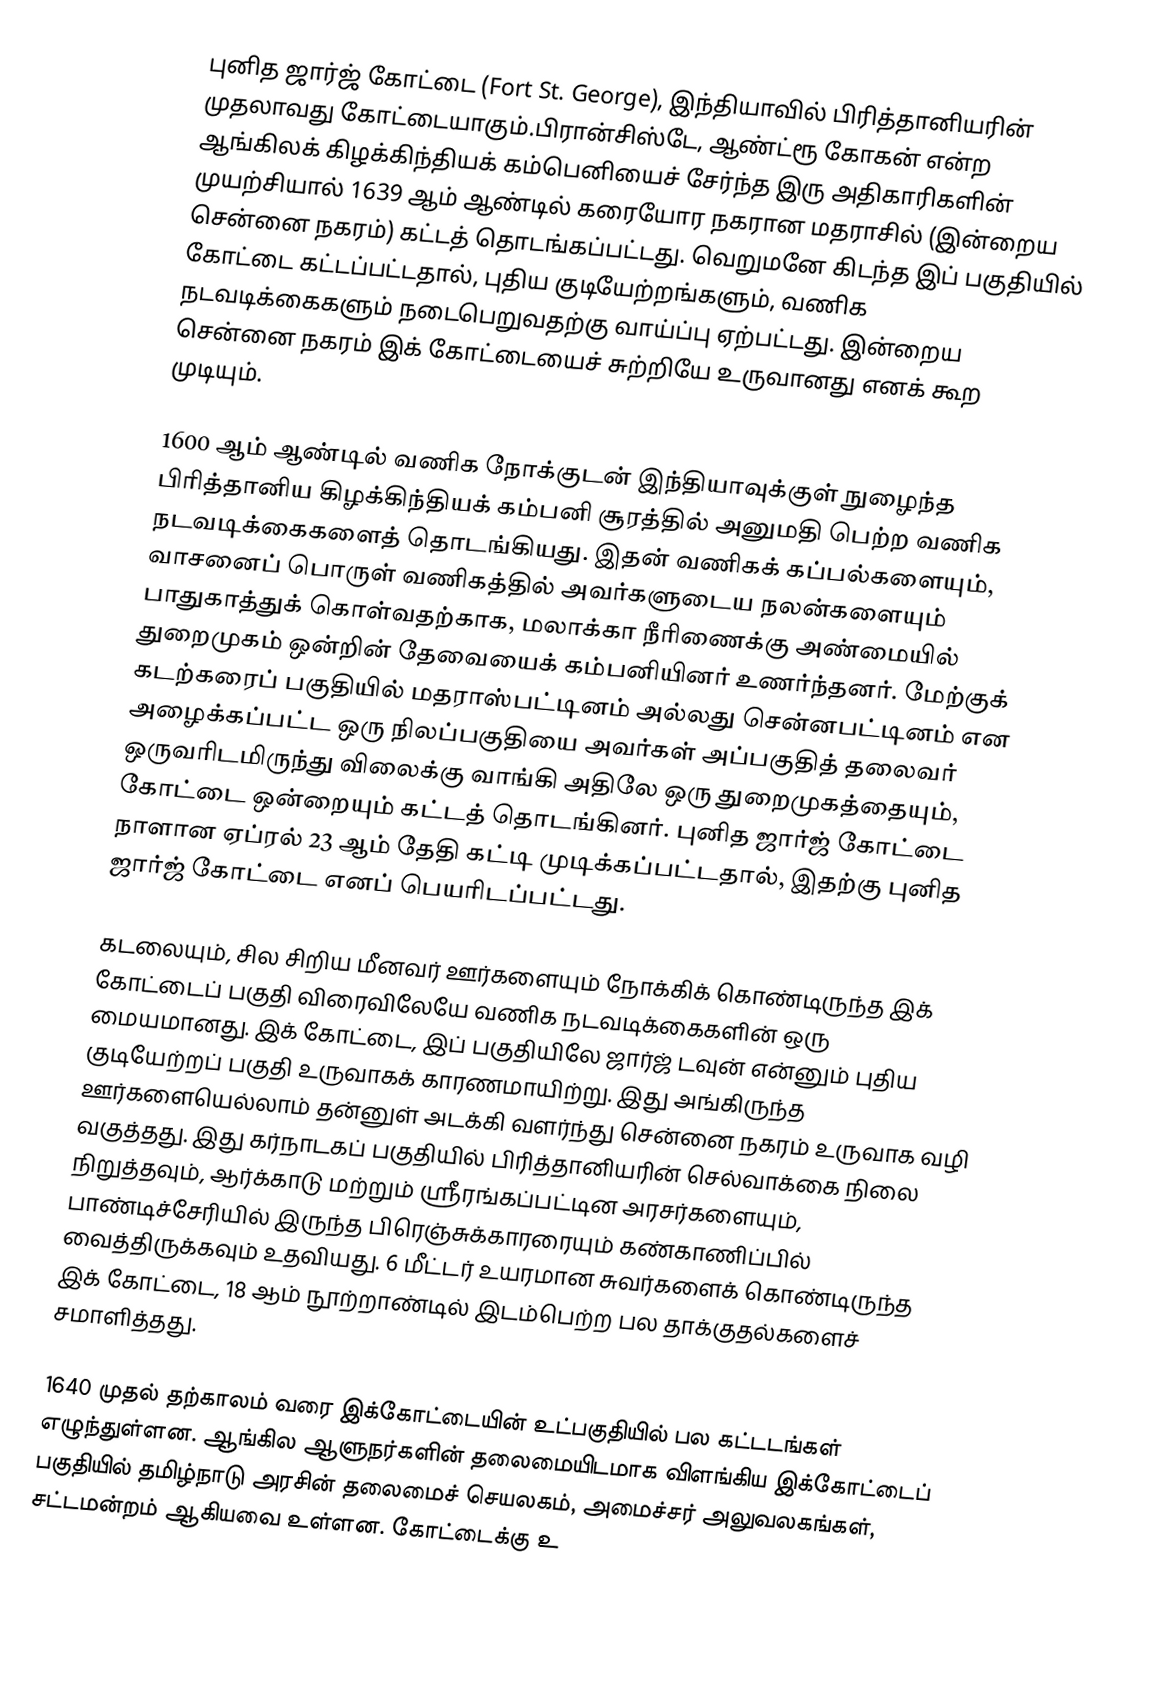
புனித ஜார்ஜ் கோட்டை (Fort St. George), இந்தியாவில் பிரித்தானியரின் முதலாவது கோட்டையாகும்.பிரான்சிஸ்டே, ஆண்ட்ரூ கோகன் என்ற ஆங்கிலக் கிழக்கிந்தியக் கம்பெனியைச் சேர்ந்த இரு அதிகாரிகளின் முயற்சியால் 1639 ஆம் ஆண்டில் கரையோர நகரான மதராசில் (இன்றைய சென்னை நகரம்) கட்டத் தொடங்கப்பட்டது. வெறுமனே கிடந்த இப் பகுதியில் கோட்டை கட்டப்பட்டதால், புதிய குடியேற்றங்களும், வணிக நடவடிக்கைகளும் நடைபெறுவதற்கு வாய்ப்பு ஏற்பட்டது. இன்றைய சென்னை நகரம் இக் கோட்டையைச் சுற்றியே உருவானது எனக் கூற முடியும்.

1600 ஆம் ஆண்டில் வணிக நோக்குடன் இந்தியாவுக்குள் நுழைந்த பிரித்தானிய கிழக்கிந்தியக் கம்பனி சூரத்தில் அனுமதி பெற்ற வணிக நடவடிக்கைகளைத் தொடங்கியது. இதன் வணிகக் கப்பல்களையும், வாசனைப் பொருள் வணிகத்தில் அவர்களுடைய நலன்களையும் பாதுகாத்துக் கொள்வதற்காக, மலாக்கா நீரிணைக்கு அண்மையில் துறைமுகம் ஒன்றின் தேவையைக் கம்பனியினர் உணர்ந்தனர். மேற்குக் கடற்கரைப் பகுதியில் மதராஸ்பட்டினம் அல்லது சென்னபட்டினம் என அழைக்கப்பட்ட ஒரு நிலப்பகுதியை அவர்கள் அப்பகுதித் தலைவர் ஒருவரிடமிருந்து விலைக்கு வாங்கி அதிலே ஒரு துறைமுகத்தையும், கோட்டை ஒன்றையும் கட்டத் தொடங்கினர். புனித ஜார்ஜ் கோட்டை நாளான ஏப்ரல் 23 ஆம் தேதி கட்டி முடிக்கப்பட்டதால், இதற்கு புனித ஜார்ஜ் கோட்டை எனப் பெயரிடப்பட்டது.

கடலையும், சில சிறிய மீனவர் ஊர்களையும் நோக்கிக் கொண்டிருந்த இக் கோட்டைப் பகுதி விரைவிலேயே வணிக நடவடிக்கைகளின் ஒரு மையமானது. இக் கோட்டை, இப் பகுதியிலே ஜார்ஜ் டவுன் என்னும் புதிய குடியேற்றப் பகுதி உருவாகக் காரணமாயிற்று. இது அங்கிருந்த ஊர்களையெல்லாம் தன்னுள் அடக்கி வளர்ந்து சென்னை நகரம் உருவாக வழி வகுத்தது. இது கர்நாடகப் பகுதியில் பிரித்தானியரின் செல்வாக்கை நிலை நிறுத்தவும், ஆர்க்காடு மற்றும் ஸ்ரீரங்கப்பட்டின அரசர்களையும், பாண்டிச்சேரியில் இருந்த பிரெஞ்சுக்காரரையும் கண்காணிப்பில் வைத்திருக்கவும் உதவியது. 6 மீட்டர் உயரமான சுவர்களைக் கொண்டிருந்த இக் கோட்டை, 18 ஆம் நூற்றாண்டில் இடம்பெற்ற பல தாக்குதல்களைச் சமாளித்தது.

1640 முதல் தற்காலம் வரை இக்கோட்டையின்  உட்பகுதியில் பல கட்டடங்கள் எழுந்துள்ளன. ஆங்கில ஆளுநர்களின் தலைமையிடமாக விளங்கிய இக்கோட்டைப் பகுதியில் தமிழ்நாடு அரசின் தலைமைச் செயலகம், அமைச்சர் அலுவலகங்கள், சட்டமன்றம் ஆகியவை உள்ளன. கோட்டைக்கு உ